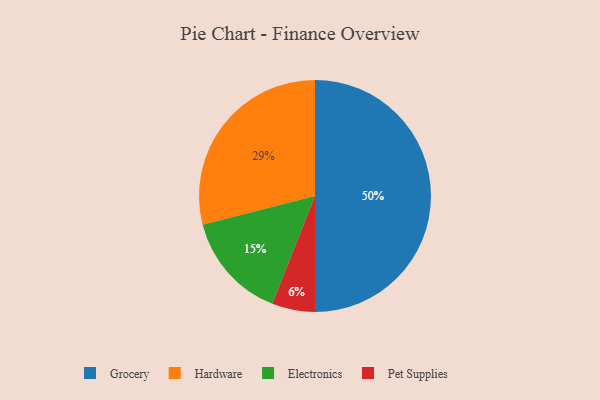
{"axis": {"x": "Category", "y": "Percentage"}, "legend": ["Electronics", "Grocery", "Hardware", "Pet Supplies"], "data": [{"x": "Electronics", "y": 15, "type": "Electronics"}, {"x": "Pet Supplies", "y": 6, "type": "Pet Supplies"}, {"x": "Grocery", "y": 50, "type": "Grocery"}, {"x": "Hardware", "y": 29, "type": "Hardware"}]}